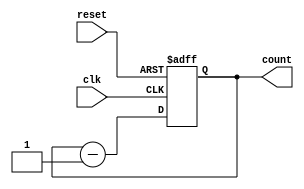
// This program was cloned from: https://github.com/tangxifan/micro_benchmark
// License: MIT License

////////////////////////////////////////
//  Functionality: 16 bit down counter 
////////////////////////////////////////

module counterdown16(clk, reset, count);
	input clk, reset;
	output [15:0] count;
	reg [15:0] count;                                   

	initial begin
      	  count <= 16'hffff;
    	end   	
	
	always @ (posedge clk or negedge reset) begin
		if (reset == 1'b0)
		  count <= 16'hffff;
		else 
		  count <= count - 1;
	end

endmodule